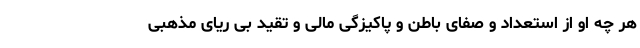
هر چه او از استعداد و صفای باطن و پاکیزگی مالی و تقید بی ریای مذهبی